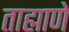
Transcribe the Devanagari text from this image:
ताह्माणे